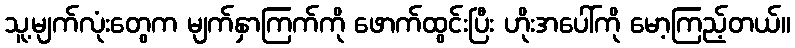
သူ့မျက်လုံးတွေက မျက်နှာကြက်ကို ဖောက်ထွင်းပြီး ဟိုးအပေါ်ကို မော့ကြည့်တယ်။